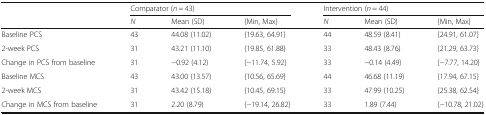
|  | <COLSPAN=3> Comparator (n = 43) | <COLSPAN=3> Intervention (n = 44) |
 |  | N | Mean (SD) | {Min, Max} | N | Mean (SD) | {Min, Max} |
 | --- | --- | --- | --- | --- | --- | --- |
 | Baseline PCS | 43 | 44.08 (11.02) | {19.63, 64.91} | 44 | 48.59 (8.41) | {24.91, 61.07} |
 | 2-week PCS | 31 | 43.21 (11.10) | {19.85, 61.88} | 33 | 48.43 (8.76) | {21.29, 63.73} |
 | Change in PCS from baseline | 31 | −0.92 (4.12) | {−11.74, 5.92} | 33 | −0.14 (4.49) | {−7.77, 14.20} |
 | Baseline MCS | 43 | 43.00 (13.57) | {10.56, 65.69} | 44 | 46.68 (11.19) | {17.94, 67.15} |
 | 2-week MCS | 31 | 43.42 (15.18) | {10.45, 69.15} | 33 | 47.99 (10.25) | {25.38, 62.54} |
 | Change in MCS from baseline | 31 | 2.20 (8.79) | {−19.14, 26.82} | 33 | 1.89 (7.44) | {−10.78, 21.02} |